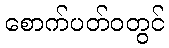
စောက်ပတ်ဝတွင်